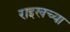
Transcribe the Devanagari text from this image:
राइखच्या